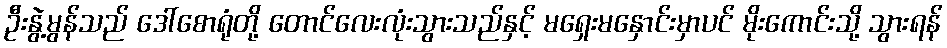
ဦးနွဲ့မွန်သည် ဒေါ်စောရုံတို့ တောင်လေးလုံးသွားသည်နှင့် မရှေးမနှောင်းမှာပင် မိုးကောင်းသို့ သွားရန်